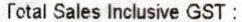
TOTAL SALES INCLUSIVE GST: